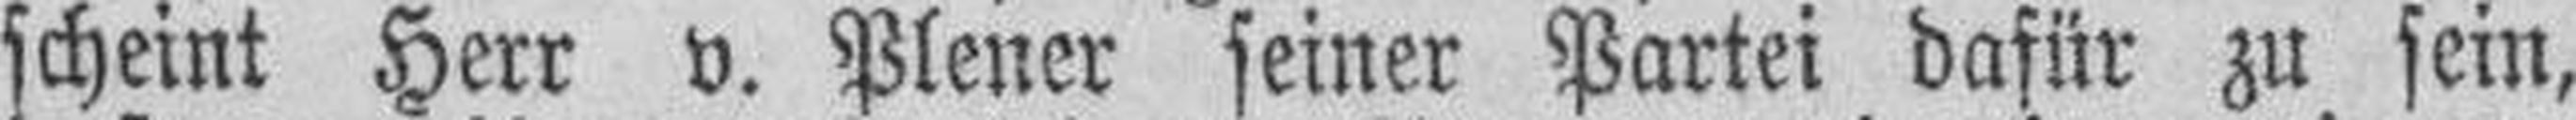
scheint Herr v. Plener seiner Partei dafür zu sein,